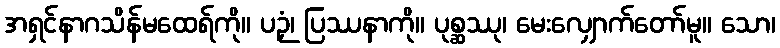
အရှင်နာဂသိန်မထေရ်ကို။ ပဉှံ၊ ပြဿနာကို။ ပုစ္ဆဿု၊ မေးလျှောက်တော်မူ။ သော၊